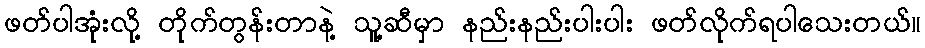
ဖတ်ပါအုံးလို့ တိုက်တွန်းတာနဲ့ သူ့ဆီမှာ နည်းနည်းပါးပါး ဖတ်လိုက်ရပါသေးတယ်။